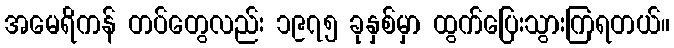
အမေရိကန် တပ်တွေလည်း ၁၉၇၅ ခုနှစ်မှာ ထွက်ပြေးသွားကြရတယ်။